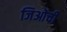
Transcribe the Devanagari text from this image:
जिओची